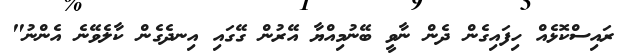
ރައިސްކޮޅެއް ހިފައިގެން ދެން ނާވީ ބޭނުމިއްޔާ އޭރުން ގޭގައި އިނދެގެން ކާލެވޭނެ އެންނު"